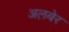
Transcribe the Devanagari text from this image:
अलबेर